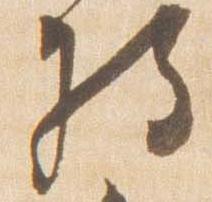
将